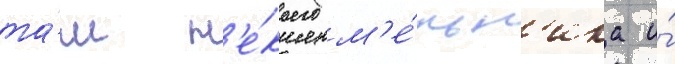
та́м н'е́коего м'е́льн'ика и́